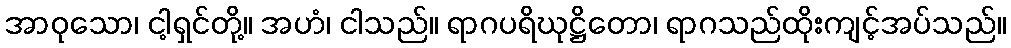
အာဝုသော၊ ငါ့ရှင်တို့။ အဟံ၊ ငါသည်။ ရာဂပရိဃုဋ္ဌိတော၊ ရာဂသည်ထိုးကျင့်အပ်သည်။